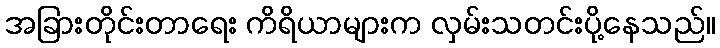
အခြားတိုင်းတာရေး ကိရိယာများက လှမ်းသတင်းပို့နေသည်။